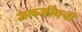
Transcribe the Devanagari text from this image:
जलजीवनी